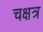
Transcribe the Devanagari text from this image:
चक्षत्र